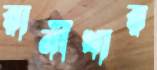
রানীখার